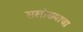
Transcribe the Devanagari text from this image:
सलोख्याचा